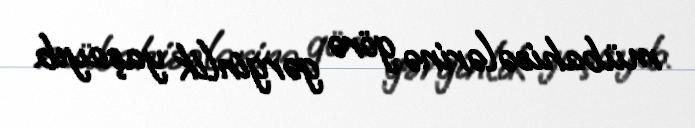
mübahisələrinə görə gərginlik yaşayıb.